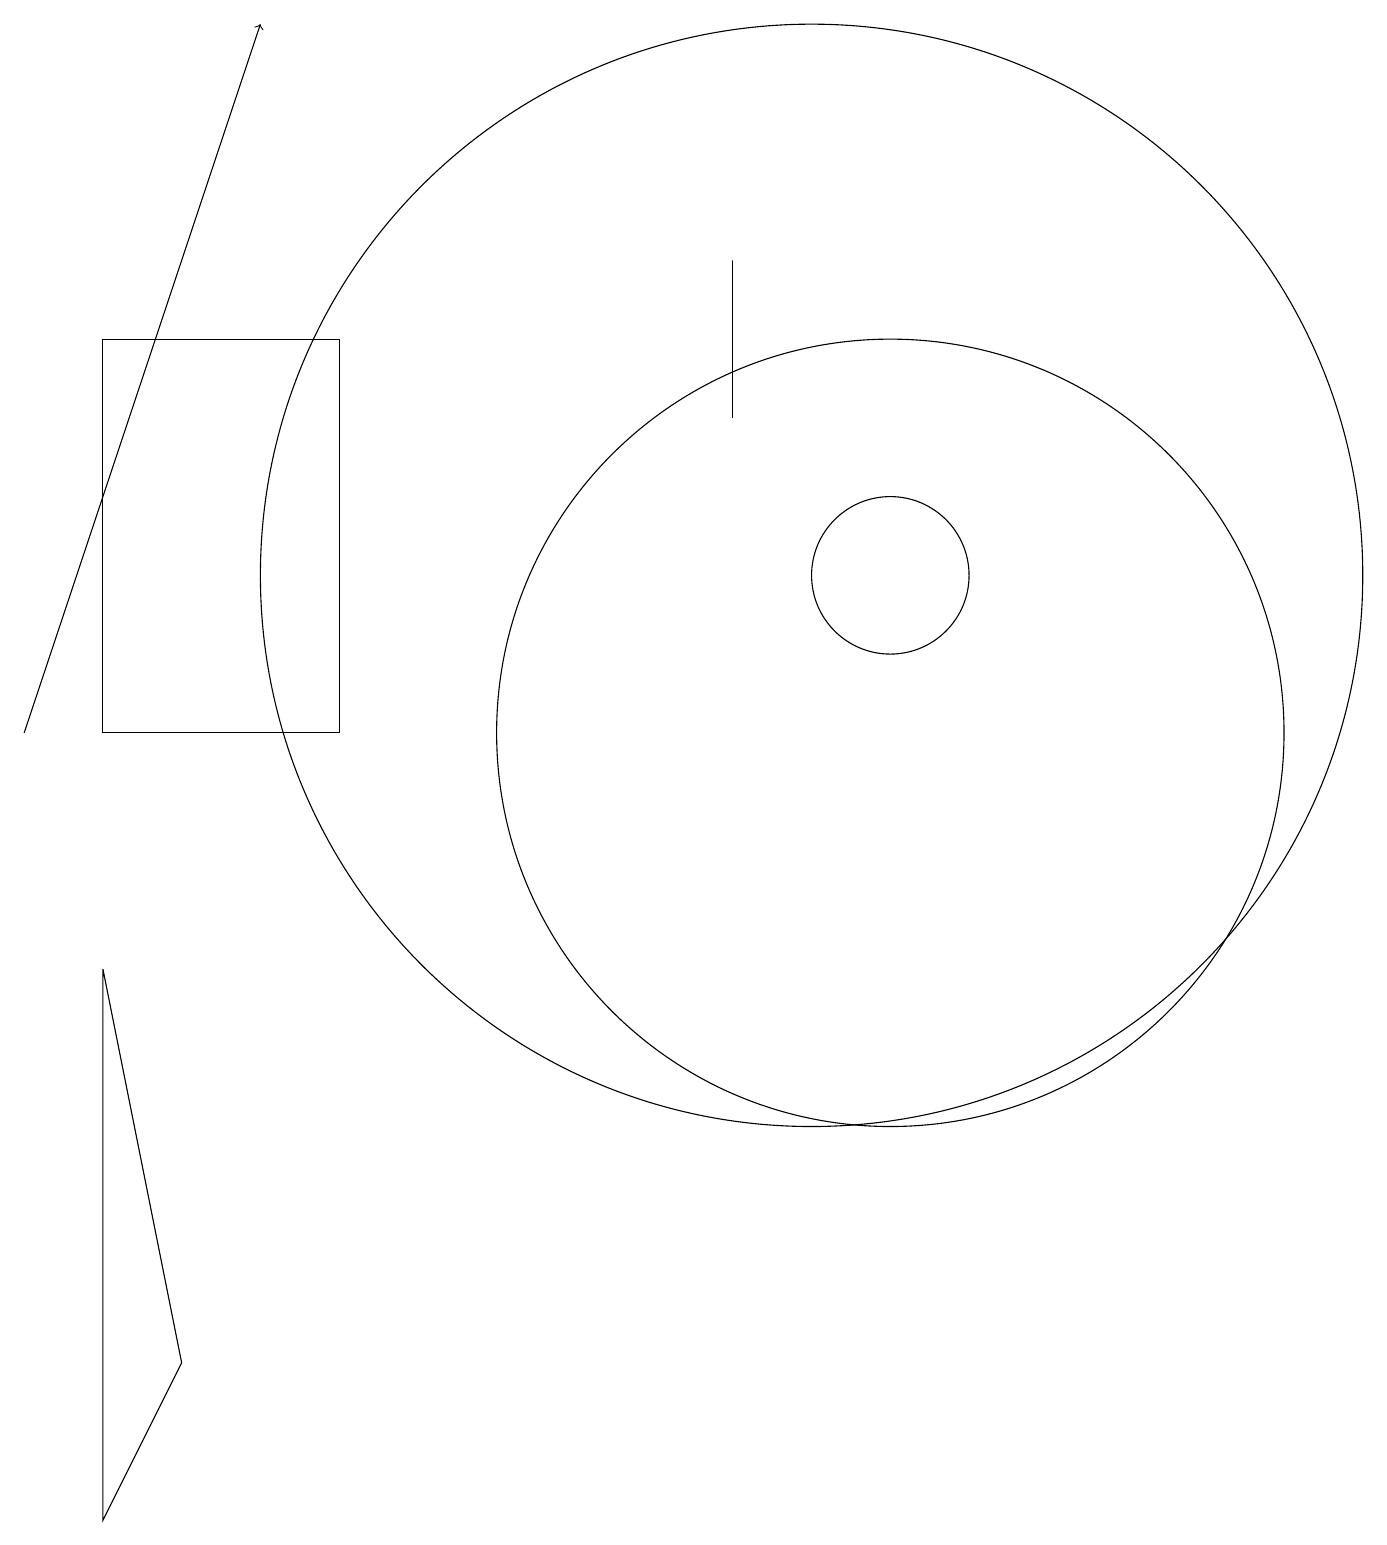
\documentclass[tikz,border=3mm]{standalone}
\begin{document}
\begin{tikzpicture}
\draw[->] (0,10) -- (3,19);
\draw (11,12) circle (1);
\draw (1,10) rectangle (4,15);
\draw (10,12) circle (7);
\draw (1,0) -- (1,7) -- (2,2) -- cycle;
\draw (11,10) circle (5);
\draw (9,16) rectangle (9,14);
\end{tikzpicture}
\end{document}